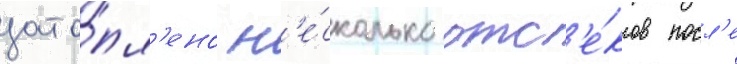
зато́пл'ено н'е́сколько отс'е́ков посл'е